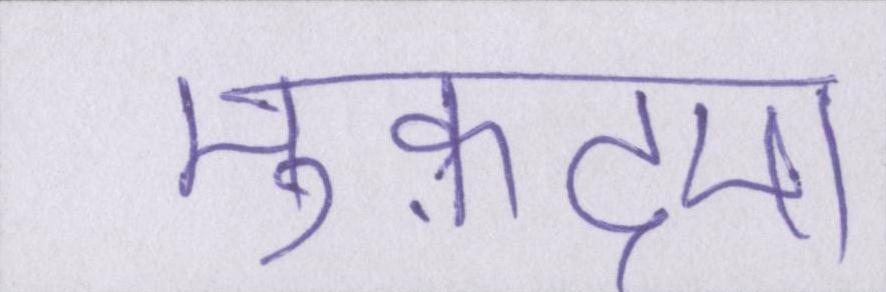
मुक़दमा